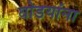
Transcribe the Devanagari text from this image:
घोडयांना